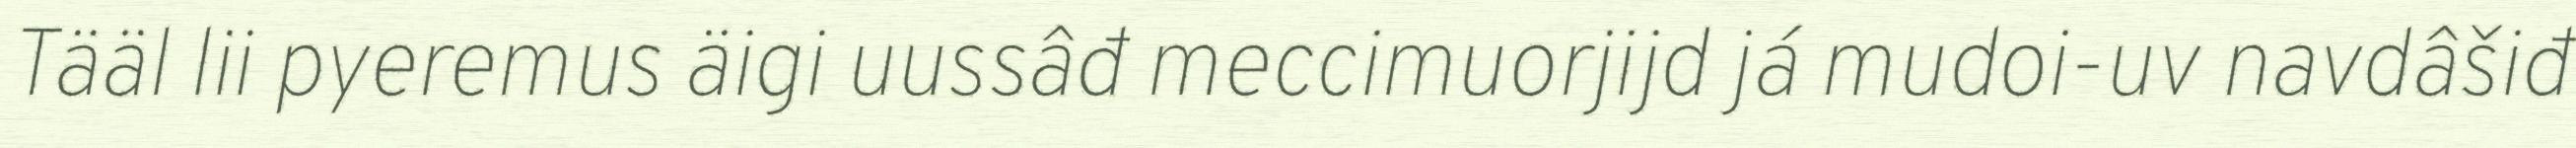
Tääl lii pyeremus äigi uussâđ meccimuorjijd já mudoi-uv navdâšiđ